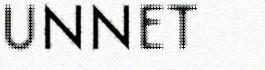
UNNET